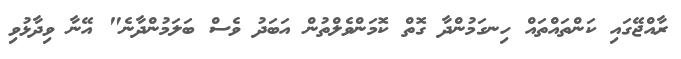
ރާއްޖޭގައި ކަންތައްތައް ހިނގަމުންދާ ގޮތް ކޮމަންވެލްތުން އަބަދު ވެސް ބަލަމުންދާނެ" އޭނާ ވިދާޅުވި